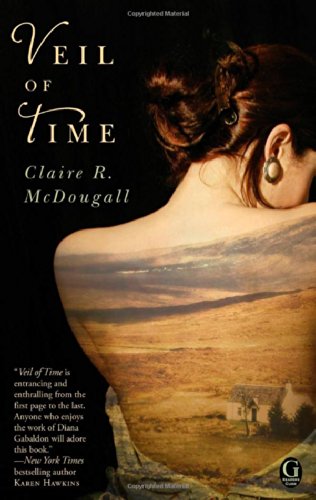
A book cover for Veil of Time; Claire R. McDougall; Romance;